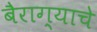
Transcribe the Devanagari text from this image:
बैराग्याचे